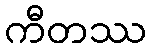
ကီတဿ